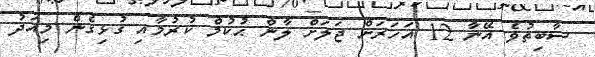
ސާބިތުވެ އޭނާ 12 އަހަރަށް ޖަލަށް ލާން ޙުކުމް ކުރުމާއި ގުޅިގެން މިއަދު